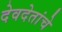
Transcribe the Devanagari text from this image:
देवदेतांचे